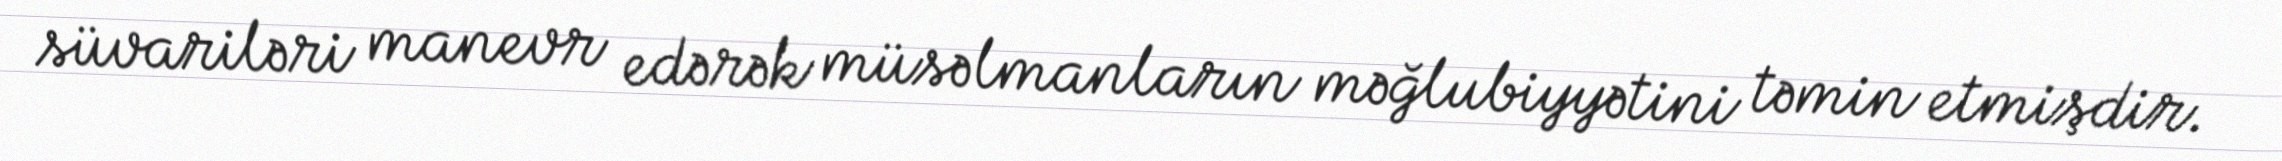
süvariləri manevr edərək müsəlmanların məğlubiyyətini təmin etmişdir.